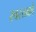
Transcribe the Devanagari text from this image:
स्वस्तकौ